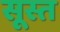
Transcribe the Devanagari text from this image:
सूस्त